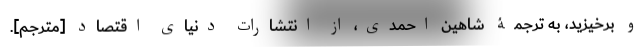
و برخیزید، به ترجمۀ شاهین احمدی، از انتشارات دنیای اقتصاد [مترجم].